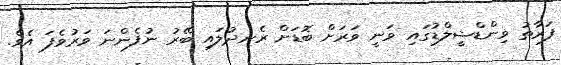
ފަރާތު ވިންޑްޝީލްޑުގައި ވަނީ ވަރަށް ބޮޑަށް ރެނދުލައި ބޭރު ނުފެންނަ ވަރުވެފަ އެވެ.